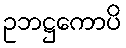
ဥဘဋ္ဌကောပိ